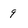
Character: 9